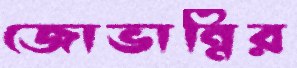
জোভান্নির